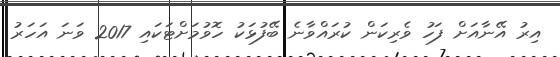
އިރު އޭނާއަށް ފަހު ވެރިކަން ކުރައްވާނެ ބޭފުޅަކު ހޮވުމަށްޓަކައި 2017 ވަނަ އަހަރު